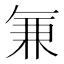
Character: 𭁐